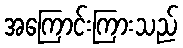
အကြောင်းကြားသည်